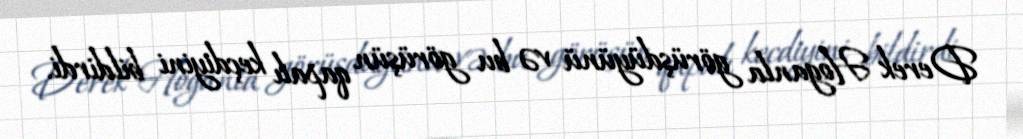
Derek Hoganla görüşdüyünü və bu görüşün qapalı keçdiyini bildirdi.